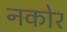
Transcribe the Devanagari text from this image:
नकोर